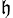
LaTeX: _\mathfrak{h}